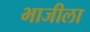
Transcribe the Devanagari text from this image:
भाजीला